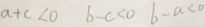
a + c < 0 b - c < 0 b - a < 0